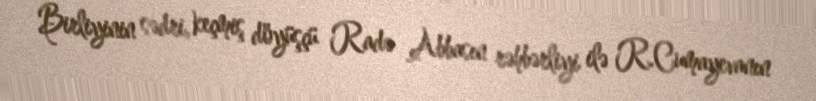
Birliyinin sədri, keçmiş döyüşçü Radə Abbasın rəhbərliyi ilə R.Cumayevanın